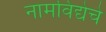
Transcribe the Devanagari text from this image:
नामविद्येचे